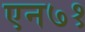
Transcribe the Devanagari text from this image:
एन७१